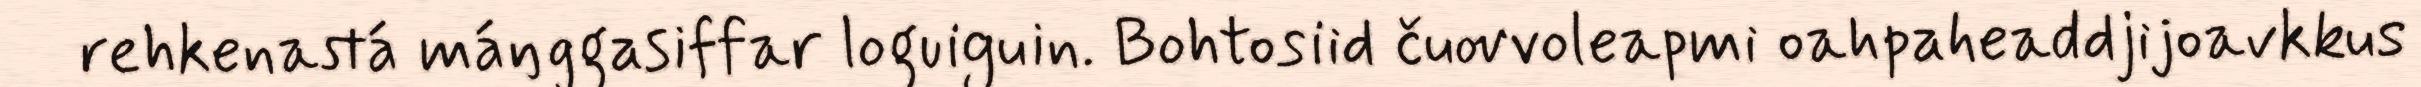
rehkenastá máŋggasiffar loguiguin. Bohtosiid čuovvoleapmi oahpaheaddjijoavkkus